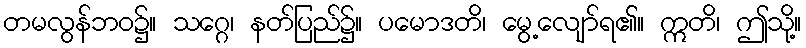
တမလွန်ဘဝ၌။ သဂ္ဂေ၊ နတ်ပြည်၌။ ပမောဒတိ၊ မွေ့လျော်ရ၏။ ဣတိ၊ ဤသို့။